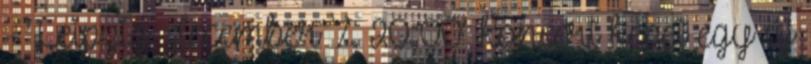
- 'Leipzig, december 7. 20:00' koncert képei egy új